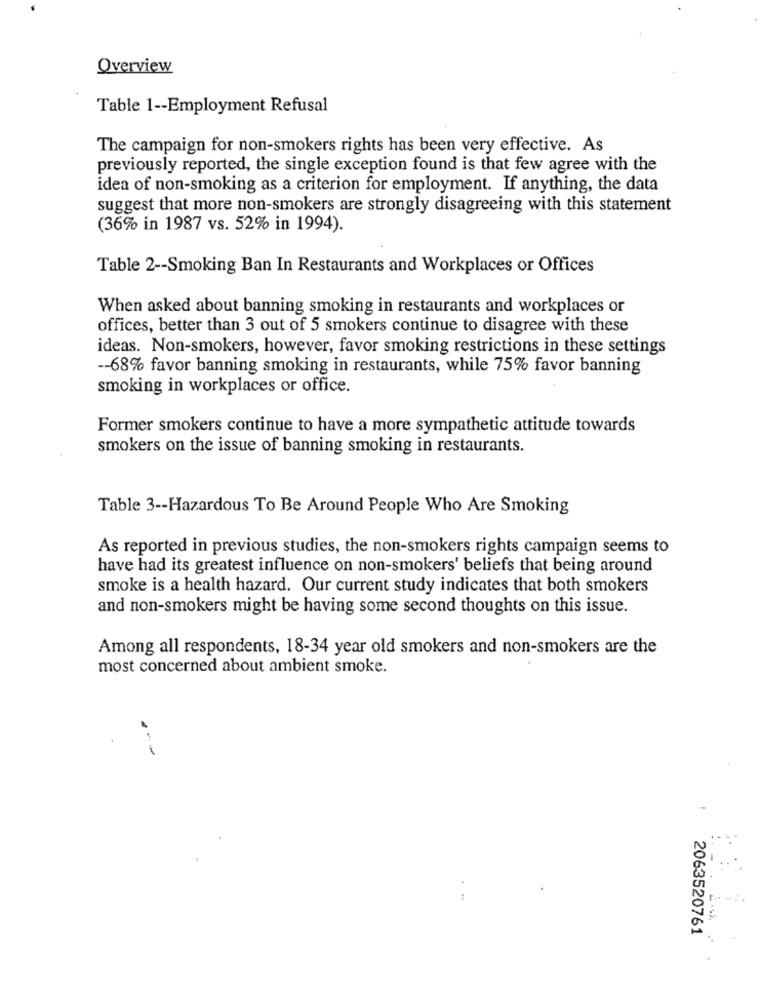
Overview
Table 1 -- Employment Refusal
The campaign for non-smokers rights has been very effective. As
previously reported, the single exception found is that few agree with the
idea of non-smoking as a criterion for employment. If anything, the data
suggest that more non-smokers are strongly disagreeing with this statement
(36% in 1987 vs. 52% in 1994).
Table 2 -- Smoking Ban In Restaurants and Workplaces or Offices
When asked about banning smoking in restaurants and workplaces or
offices, better than 3 out of 5 smokers continue to disagree with these
ideas. Non-smokers, however, favor smoking restrictions in these settings
-- 68% favor banning smoking in restaurants, while 75% favor banning
smoking in workplaces or office.
Former smokers continue to have a more sympathetic attitude towards
smokers on the issue of banning smoking in restaurants.
Table 3 -- Hazardous To Be Around People Who Are Smoking
As reported in previous studies, the non-smokers rights campaign seems to
have had its greatest influence on non-smokers' beliefs that being around
smoke is a health hazard. Our current study indicates that both smokers
and non-smokers might be having some second thoughts on this issue.
Among all respondents, 18-34 year old smokers and non-smokers are the
most concerned about ambient smoke.
2063520761